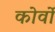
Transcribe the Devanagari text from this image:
कोर्वो